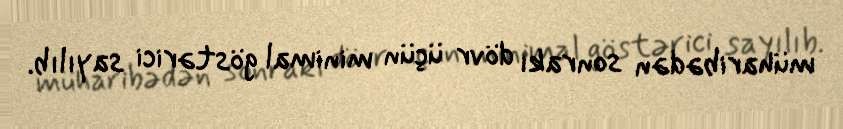
müharibədən sonrakı dövr üçün minimal göstərici sayılıb.